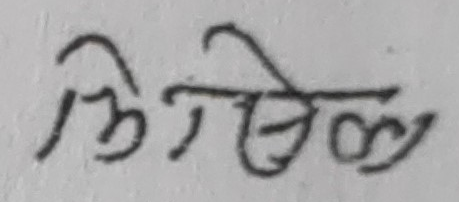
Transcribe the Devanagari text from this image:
लेखिन्छ